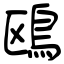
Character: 鴎